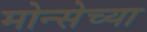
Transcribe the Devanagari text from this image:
मोन्सेच्या